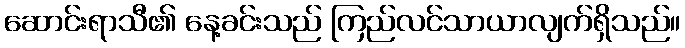
ဆောင်းရာသီ၏ နေ့ခင်းသည် ကြည်လင်သာယာလျက်ရှိသည်။